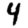
Digit: 4